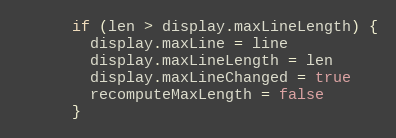
Language: JavaScript
      if (len > display.maxLineLength) {
        display.maxLine = line
        display.maxLineLength = len
        display.maxLineChanged = true
        recomputeMaxLength = false
      }